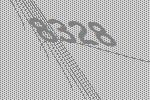
8328